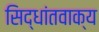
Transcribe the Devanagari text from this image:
सिद्धांतवाक्य